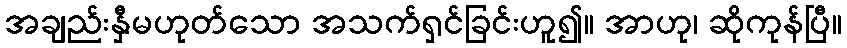
အချည်းနှီမဟုတ်သော အသက်ရှင်ခြင်းဟူ၍။ အာဟု၊ ဆိုကုန်ပြီ။